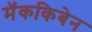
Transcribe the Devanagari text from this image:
मॅककिबेन